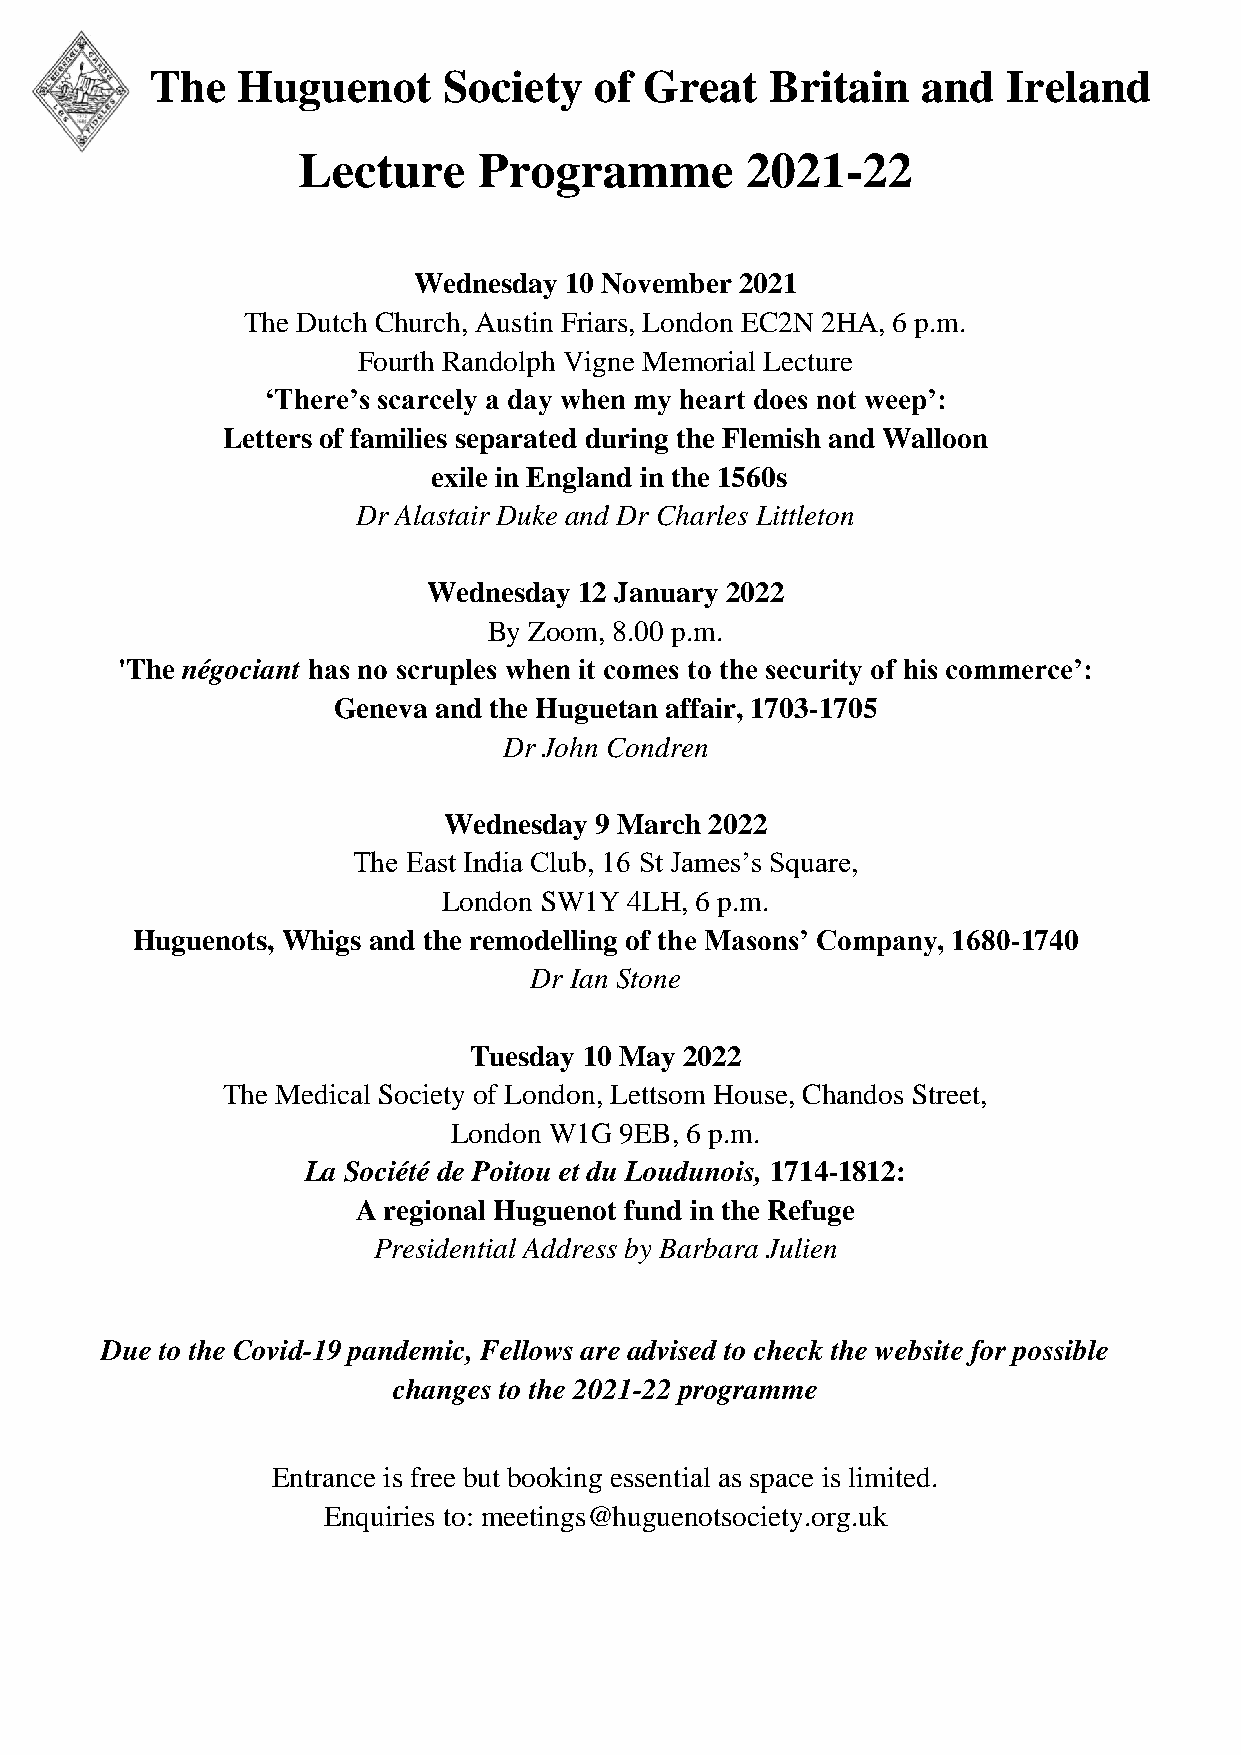
The   Huguenot     Society   of  Great   Britain   and   Ireland
 Lecture     Programme        2021-22
 Wednesday 10 November 2021
 The Dutch Church, Austin Friars, London EC2N 2HA, 6 p.m.
 Fourth Randolph Vigne Memorial Lecture
 ‘There’s scarcely a day when my heart does not weep’:
 Letters of families separated during the Flemish and Walloon
 exile in England in the 1560s
 Dr Alastair Duke and Dr Charles Littleton
 Wednesday 12 January 2022
 By Zoom, 8.00 p.m.
 'The négociant has no scruples when it comes to the security of his commerce’:
 Geneva and the Huguetan affair, 1703-1705
 Dr John Condren
 Wednesday 9 March 2022
 The East India Club, 16 St James’s Square,
 London SW1Y 4LH, 6 p.m.
 Huguenots, Whigs and the remodelling of the Masons’ Company, 1680-1740
 Dr Ian Stone
 Tuesday 10 May 2022
 The Medical Society of London, Lettsom House, Chandos Street,
 London W1G 9EB, 6 p.m.
 La Société de Poitou et du Loudunois, 1714-1812:
 A regional Huguenot fund in the Refuge
 Presidential Address by Barbara Julien
 Due to the Covid-19 pandemic, Fellows are advised to check the website for possible
 changes to the 2021-22 programme
 Entrance is free but booking essential as space is limited.
 Enquiries to: meetings@huguenotsociety.org.uk